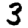
Digit: 3